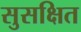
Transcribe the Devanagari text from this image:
सुसक्षित